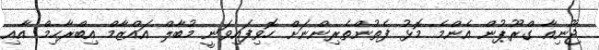
ޖޫނިއާ ގްރޫޕުން އެންމެ މޮޅު ފެތުންތެރިންނަށް ހޮވިފައިވަނީ މުބާލް އައްޒާމް އިބްރާހިމް އާއި